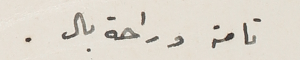
تامة وراحة بال.